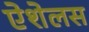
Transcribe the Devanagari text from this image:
ऐशेलस